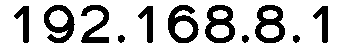
192.168.8.1